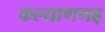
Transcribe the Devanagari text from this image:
कल्याणगढ़